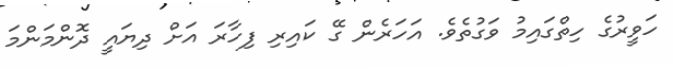
ހަވީރުގެ ހިތްގައިމު ވަގުތެވެ. އަހަރެން ގޭ ކައިރި ފިހާރަ އަށް ދިޔައީ ދޮންމަންމަ